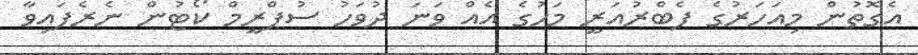
އެގޮތުން މިއަހަރުގެ ފެބްރުއަރީ މަހުގެ އެއް ވަނަ ދުވަހު ސުޕްރީމް ކޯޓުން ނެރެފައިވާ